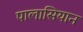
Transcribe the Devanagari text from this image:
पालासियान